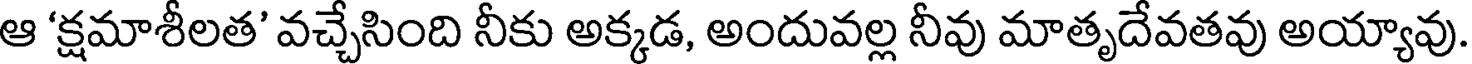
ఆ 'క్షమాశీలత' వచ్చేసింది నీకు అక్కడ, అందువల్ల నీవు మాతృదేవతవు అయ్యావు